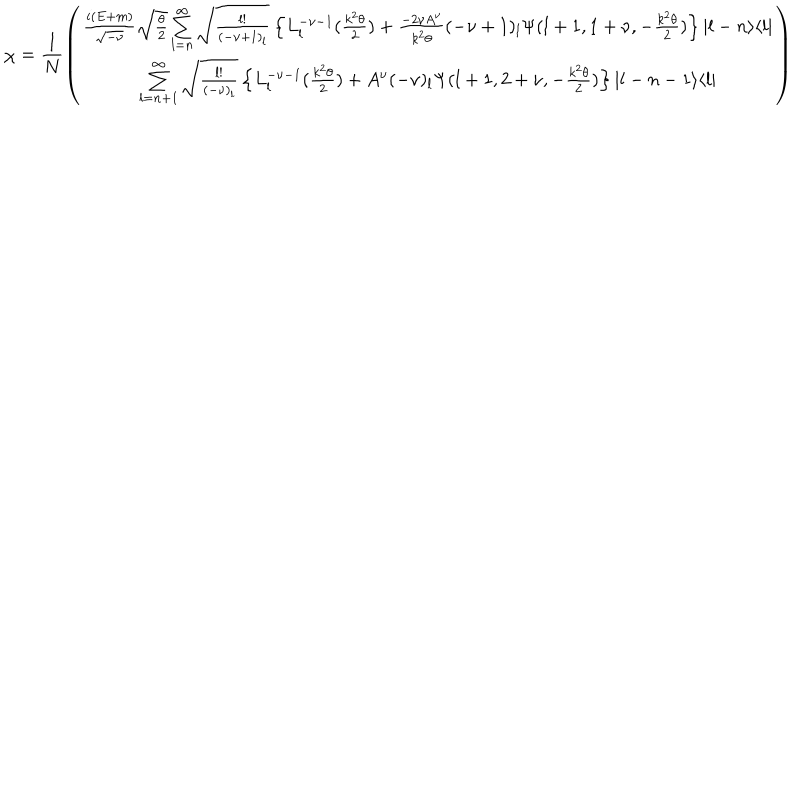
LaTeX: \chi = \frac { 1 } { N } \left( \begin{array} { c } { { \frac { i ( E + m ) } { \sqrt { - \nu } } \sqrt { \frac { \theta } { 2 } } \sum _ { l = n } ^ { \infty } \sqrt { \frac { l ! } { ( - \nu + 1 ) _ { l } } } \left\{ L _ { l } ^ { - \nu - 1 } ( \frac { k ^ { 2 } \theta } { 2 } ) + \frac { - 2 \nu A ^ { \nu } } { k ^ { 2 } \theta } ( - \nu + 1 ) _ { l } \Psi ( l + 1 , 1 + \nu , - \frac { k ^ { 2 } \theta } { 2 } ) \right\} | l - n \rangle \langle l | } } \\ { { \sum _ { l = n + 1 } ^ { \infty } \sqrt { \frac { l ! } { ( - \nu ) _ { l } } } \left\{ L _ { l } ^ { - \nu - 1 } ( \frac { k ^ { 2 } \theta } { 2 } ) + A ^ { \nu } ( - \nu ) _ { l } \Psi ( l + 1 , 2 + \nu , - \frac { k ^ { 2 } \theta } { 2 } ) \right\} | l - n - 1 \rangle \langle l | } } \\ \end{array} \right)